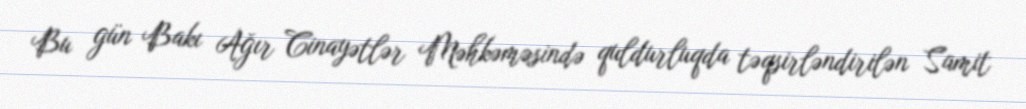
Bu gün Bakı Ağır Cinayətlər Məhkəməsində quldurluqda təqsirləndirilən Samit